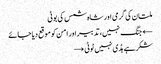
ملتان کی گرمی اور شاہ شمس کی بوٹی
← جنگ نہیں، تدبیر اور امن کو موقع دیا جائے
شکر ہے ہڈی نہیں ٹوٹی →